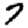
Digit: 7